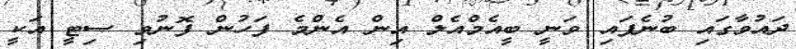
ދައުވާގައި ބުނެފައި ވަނީ ބީއެމްއެލް އިން އެންމެ ފަހުން ފޮނުވި ސިޓީ އަކީ